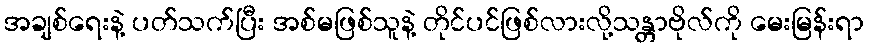
အချစ်ရေးနဲ့ ပတ်သက်ပြီး အစ်မဖြစ်သူနဲ့ တိုင်ပင်ဖြစ်လားလို့သန္တာဗိုလ်ကို မေးမြန်းရာ